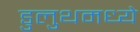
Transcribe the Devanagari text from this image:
डुलुथमध्ये